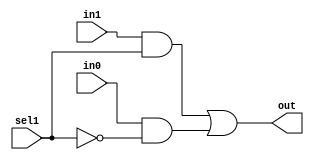
// Copyright (C) 1991-2013 Altera Corporation
// Your use of Altera Corporation's design tools, logic functions 
// and other software and tools, and its AMPP partner logic 
// functions, and any output files from any of the foregoing 
// (including device programming or simulation files), and any 
// associated documentation or information are expressly subject 
// to the terms and conditions of the Altera Program License 
// Subscription Agreement, Altera MegaCore Function License 
// Agreement, or other applicable license agreement, including, 
// without limitation, that your use is for the sole purpose of 
// programming logic devices manufactured by Altera and sold by 
// Altera or its authorized distributors.  Please refer to the 
// applicable agreement for further details.

// PROGRAM		"Quartus II 64-Bit"
// VERSION		"Version 13.0.1 Build 232 06/12/2013 Service Pack 1 SJ Web Edition"
// CREATED		"Mon Oct 13 12:10:35 2014"

module alu_mux_2(
	sel1,
	in1,
	in0,
	out
);


input wire	sel1;
input wire	in1;
input wire	in0;
output wire	out;

wire	SYNTHESIZED_WIRE_0;
wire	SYNTHESIZED_WIRE_1;
wire	SYNTHESIZED_WIRE_2;




assign	SYNTHESIZED_WIRE_2 = in0 & SYNTHESIZED_WIRE_0;

assign	SYNTHESIZED_WIRE_1 = in1 & sel1;

assign	out = SYNTHESIZED_WIRE_1 | SYNTHESIZED_WIRE_2;

assign	SYNTHESIZED_WIRE_0 =  ~sel1;


endmodule